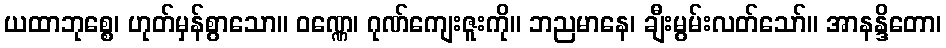
ယထာဘုစ္စေ၊ ဟုတ်မှန်စွာသော။ ဝဏ္ဏေ၊ ဂုဏ်ကျေးဇူးကို။ ဘညမာနေ၊ ချီးမွမ်းလတ်သော်။ အာနန္ဒိတော၊